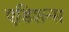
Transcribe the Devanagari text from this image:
एडिशन्स